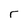
Character: r